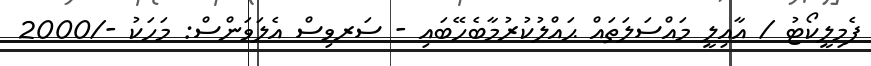
ފެމިލީކޯޓު / އާއިލީ މައްސަލަތައް ޙައްލުކުރުމާބެހޭބައި - ސަރވިސް އެލަވަންސް: މަހަކު -/2000